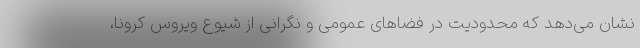
نشان می‌دهد که محدودیت در فضاهای عمومی و نگرانی از شیوع ویروس کرونا،